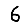
Digit: 6